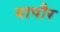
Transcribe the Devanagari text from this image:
बापौर